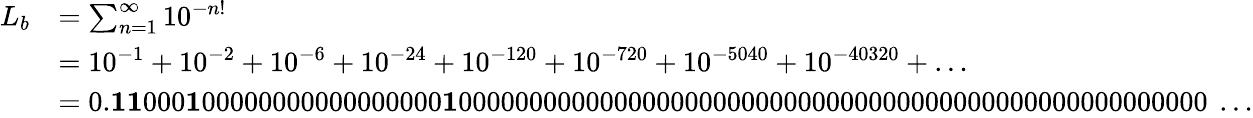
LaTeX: {\begin{array}{rl}{L_{b}}&{=\sum_{n=1}^{\infty}10^{-n!}}\\ &{=10^{-1}+10^{-2}+10^{-6}+10^{-24}+10^{-120}+10^{-720}+10^{-5040}+10^{-40320}+\ldots}\\ &{=0.{\textbf{1}}{\textbf{1}}000{\textbf{1}}00000000000000000{\textbf{1}}00000000000000000000000000000000000000000000000000000\ \ldots}\end{array}}